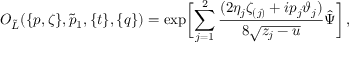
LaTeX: O _ { \tilde { L } } ( \{ p , \zeta \} , \tilde { p } _ { 1 } , \{ t \} , \{ q \} ) = \exp \biggl [ \sum _ { j = 1 } ^ { 2 } \frac { ( 2 \eta _ { j } \zeta _ { ( j ) } + i p _ { j } \vartheta _ { j } ) } { 8 \sqrt { z _ { j } - u } } \hat { \Psi } \biggl ] \, ,